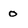
Character: o